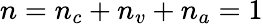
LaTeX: n=n_{c}+n_{v}+n_{a}=1